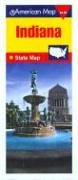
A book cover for Indiana Pocket Map; American Map Corp; Travel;